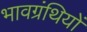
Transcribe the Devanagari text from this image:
भावग्रंथियों